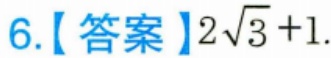
6.【答案】\(2\sqrt{3}+1\).